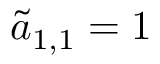
\tilde { a } _ { 1 , 1 } = 1